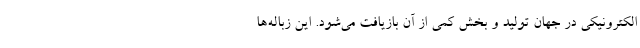
الکترونیکی در جهان تولید و بخش کمی از آن بازیافت می‌شود. این زباله‌ها